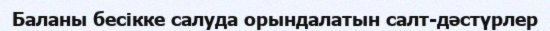
Баланы бесікке салуда орындалатын салт-дәстүрлер